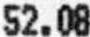
52.08